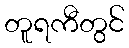
တူရကီတွင်